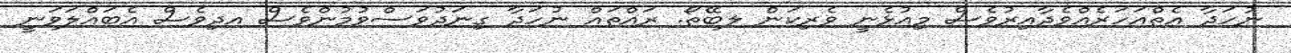
ނުހަދާ އެތްއަހަރެއްވެދާއިރުވެސް މިއުޅެނީ ވެރިކަން ލބޭތޯ. ރައްތައް ނުހަދާ ގިނަދުވަސްވުމުންވެސް އދިވެސް އެބައްލަވަނީ